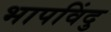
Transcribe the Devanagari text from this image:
भापविंदु